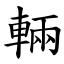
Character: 輛